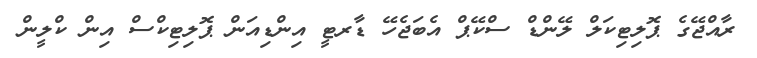
ރާއްޖޭގެ ޕޮލިޓިކަލް ލޭންޑް ސްކޭޕް އެބަޖެހޭ ޑާރޓީ އިންޑިއަން ޕޮލިޓިކްސް އިން ކްލީން